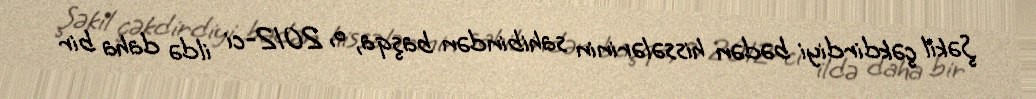
Şəkil çəkdirdiyi bədən hissələrinin sahibindən başqa, o, 2012-ci ildə daha bir